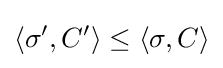
\langle \sigma ',C'\rangle \leq \langle \sigma ,C\rangle